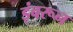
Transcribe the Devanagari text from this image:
ड़ंबरून